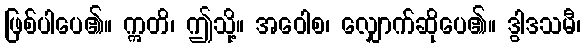
ဖြစ်ပါပေ၏။ ဣတိ၊ ဤသို့။ အဝေါစ၊ လျှောက်ဆိုပေ၏။ ဒွါဒသမီ၊